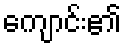
ကျောင်း၏